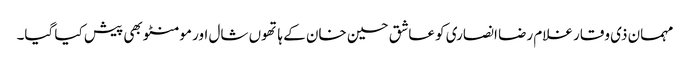
مہمان ذی وقار غلام رضا انصاری کو عاشق حسین خان کے ہاتھوں شال اور مومنٹو بھی پیش کیا گیا۔